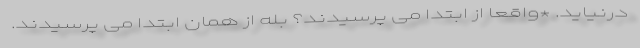
درنیاید. *واقعا از ابتدا می پرسیدند؟ بله از همان ابتدا می پرسیدند.